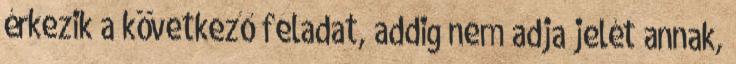
érkezik a következő feladat, addig nem adja jelét annak,